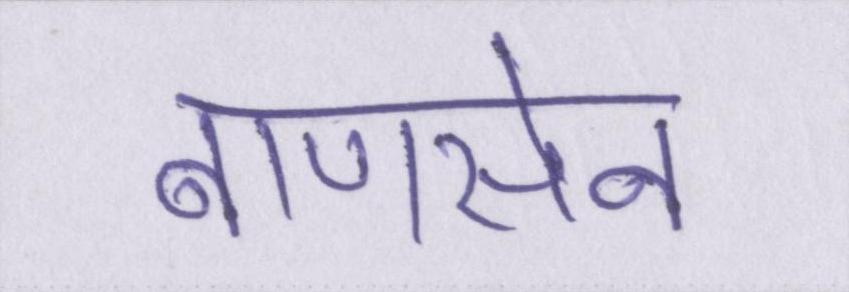
बाणसेन